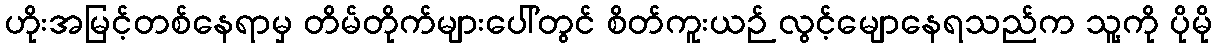
ဟိုးအမြင့်တစ်နေရာမှ တိမ်တိုက်များပေါ်တွင် စိတ်ကူးယဉ် လွင့်မျောနေရသည်က သူ့ကို ပိုမို